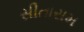
સીતારામ